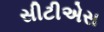
સીટીએસ